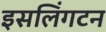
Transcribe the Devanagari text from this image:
इसलिंगटन